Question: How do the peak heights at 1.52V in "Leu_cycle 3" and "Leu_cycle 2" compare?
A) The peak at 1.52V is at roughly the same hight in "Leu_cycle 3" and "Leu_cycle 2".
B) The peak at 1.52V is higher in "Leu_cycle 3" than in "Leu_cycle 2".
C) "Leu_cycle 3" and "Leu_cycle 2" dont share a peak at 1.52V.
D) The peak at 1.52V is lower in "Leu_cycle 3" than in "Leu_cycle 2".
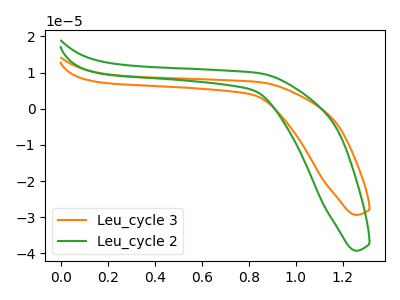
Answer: <think>The orange curve "Leu_cycle 3" has no peaks. The green curve "Leu_cycle 2" has no peaks.</think>
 <answer>C) "Leu_cycle 3" and "Leu_cycle 2" dont share a peak at 1.52V.</answer>
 <eval>C</eval>